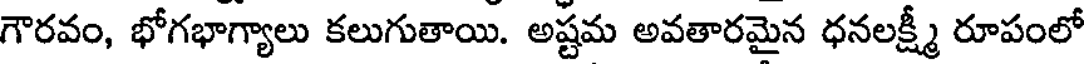
గౌరవం, భోగభాగ్యాలు కలుగుతాయి. అష్టమ అవతారమైన ధనలక్ష్మీ రూపంలో